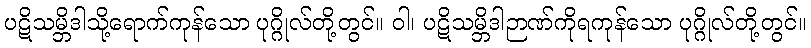
ပဋိသမ္ဘိဒါသို့ရောက်ကုန်သော ပုဂ္ဂိုလ်တို့တွင်။ ဝါ၊ ပဋိသမ္ဘိဒါဉာဏ်ကိုရကုန်သော ပုဂ္ဂိုလ်တို့တွင်။